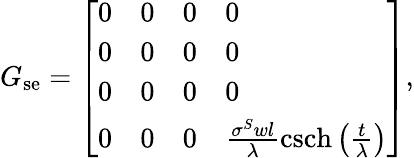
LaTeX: G_{\mathrm{se}}=\left[\begin{array}{llll}{0}&{0}&{0}&{0}\\ {0}&{0}&{0}&{0}\\ {0}&{0}&{0}&{0}\\ {0}&{0}&{0}&{\frac{\sigma^{S}wl}{\lambda}\mathrm{csch}\left(\frac{t}{\lambda}\right)}\end{array}\right],